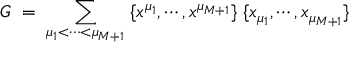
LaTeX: G \; = \; \sum _ { \mu _ { 1 } < \cdots < \mu _ { M + 1 } } \; \{ x ^ { \mu _ { 1 } } , \cdots , x ^ { \mu _ { M + 1 } } \} \; \{ x _ { \mu _ { 1 } } , \cdots , x _ { \mu _ { M + 1 } } \}